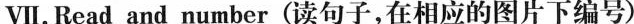
VⅦ.Read and number (读句子,在相应的图片下编号)